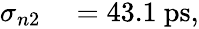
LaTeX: \begin{array}{rl}{\sigma_{n2}}&{{}=43.1~\mathrm{ps},}\end{array}